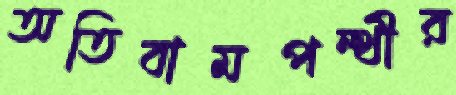
অতিবামপন্থীর